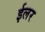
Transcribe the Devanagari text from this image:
ईलर